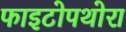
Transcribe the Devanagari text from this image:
फाइटोपथोरा